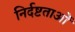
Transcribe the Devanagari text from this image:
निर्दष्टताओं